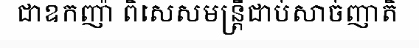
ជាឧកញ៉ា ពិសេសមន្ត្រីជាប់សាច់ញាតិ